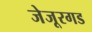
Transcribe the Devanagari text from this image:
जेजूरगड